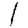
Digit: 1